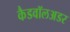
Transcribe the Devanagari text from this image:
कैडवॉलअडर